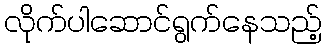
လိုက်ပါဆောင်ရွက်နေသည့်